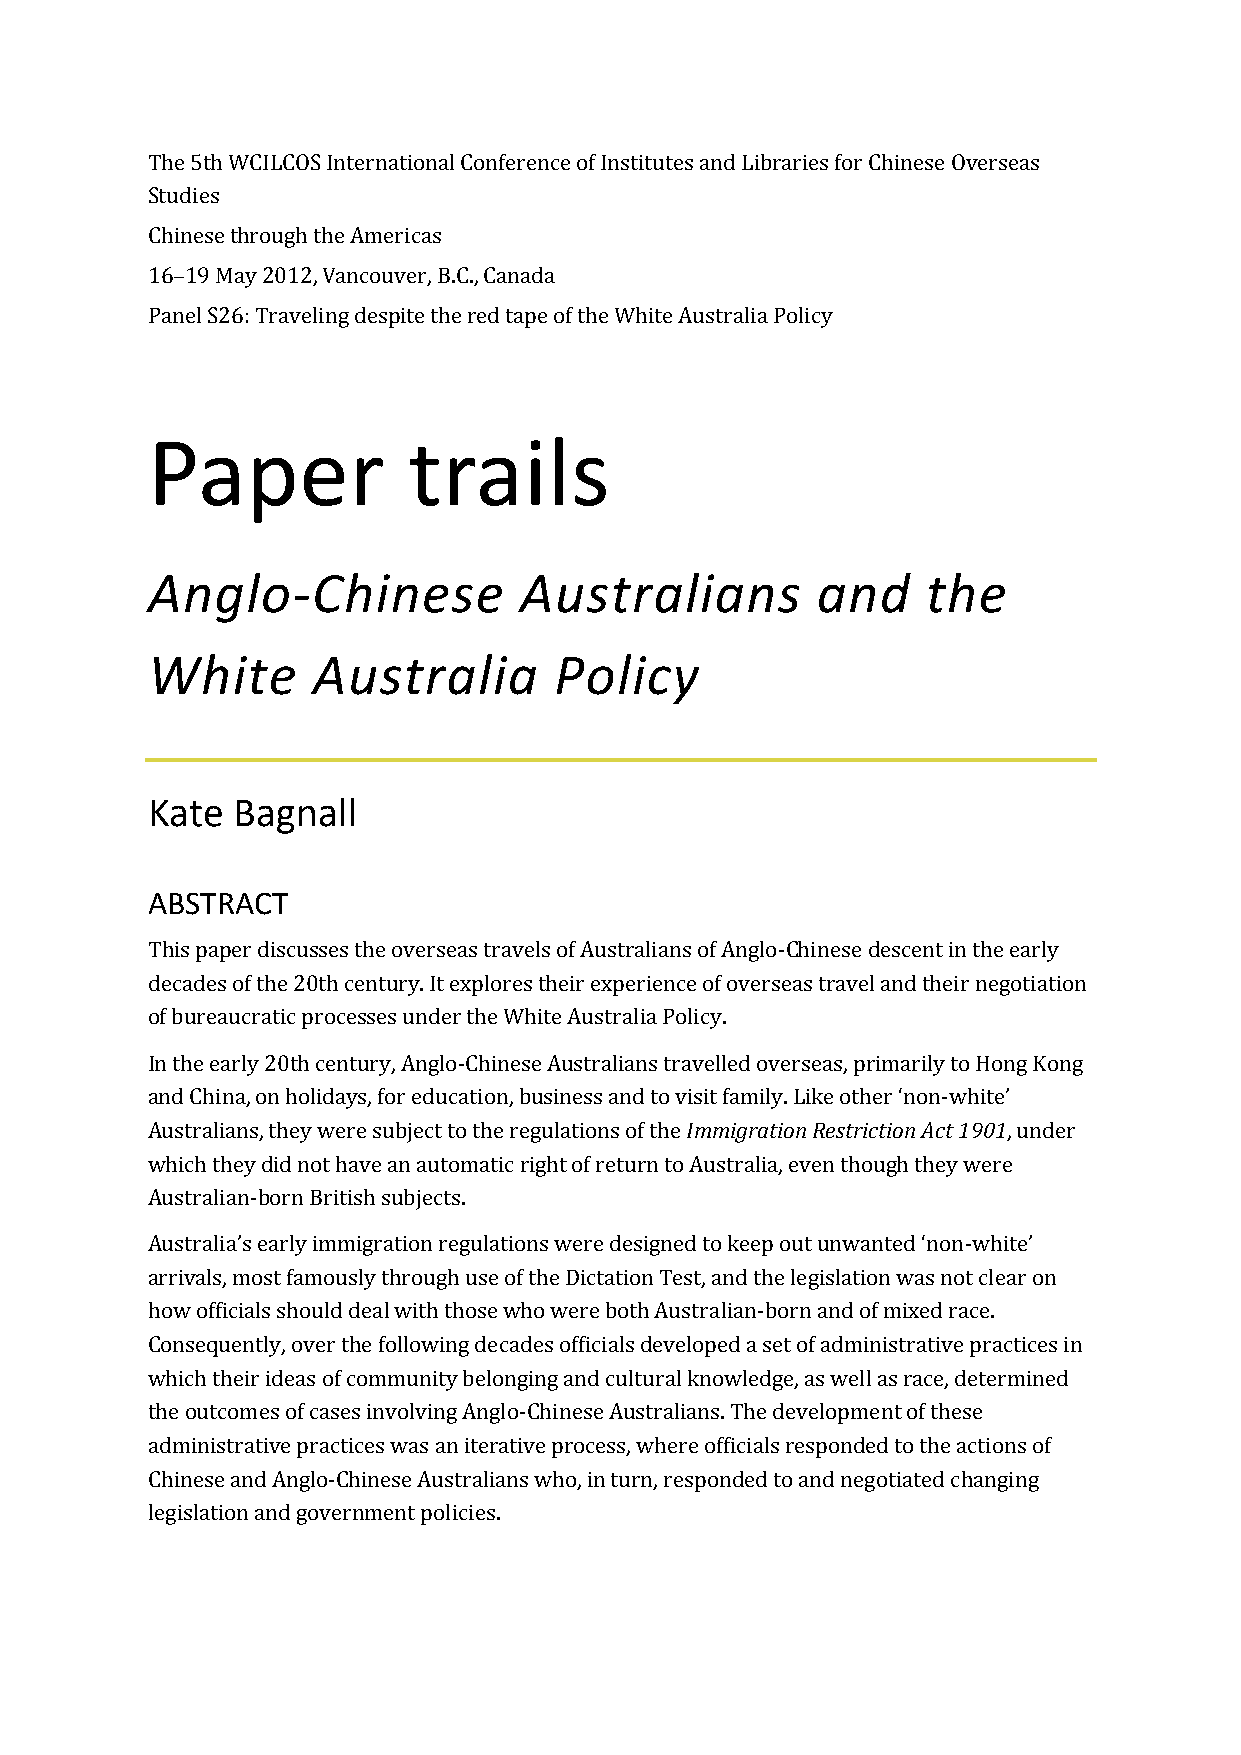
The 5th WCILCOS International Conference of Institutes and Libraries for Chinese Overseas
 Studies
 Chinese through the Americas
 16–19 May 2012, Vancouver, B.C., Canada
 Panel S26: Traveling despite the red tape of the White Australia Policy
 Paper            trails
 Anglo-Chinese           Australians         and    the
 White      Australia       Policy
 Kate Bagnall
 ABSTRACT
 This paper discusses the overseas travels of Australians of Anglo-Chinese descent in the early
 decades of the 20th century. It explores their experience of overseas travel and their negotiation
 of bureaucratic processes under the White Australia Policy.
 In the early 20th century, Anglo-Chinese Australians travelled overseas, primarily to Hong Kong
 and China, on holidays, for education, business and to visit family. Like other ‘non-white’
 Australians, they were subject to the regulations of the Immigration Restriction Act 1901, under
 which they did not have an automatic right of return to Australia, even though they were
 Australian-born British subjects.
 Australia’s early immigration regulations were designed to keep out unwanted ‘non-white’
 arrivals, most famously through use of the Dictation Test, and the legislation was not clear on
 how officials should deal with those who were both Australian-born and of mixed race.
 Consequently, over the following decades officials developed a set of administrative practices in
 which their ideas of community belonging and cultural knowledge, as well as race, determined
 the outcomes of cases involving Anglo-Chinese Australians. The development of these
 administrative practices was an iterative process, where officials responded to the actions of
 Chinese and Anglo-Chinese Australians who, in turn, responded to and negotiated changing
 legislation and government policies.